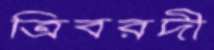
ত্রিবরদী